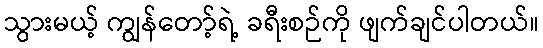
သွားမယ့် ကျွန်တော့်ရဲ့ ခရီးစဉ်ကို ဖျက်ချင်ပါတယ်။